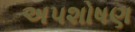
અપશોષણ